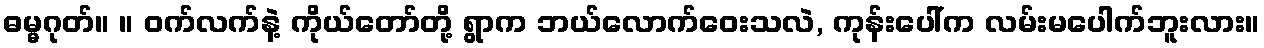
ဓမ္မဂုတ်။ ။ ဝက်လက်နဲ့ ကိုယ်တော်တို့ ရွာက ဘယ်လောက်ဝေးသလဲ, ကုန်းပေါ်က လမ်းမပေါက်ဘူးလား။